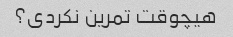
هیچوقت تمرین نکردی؟